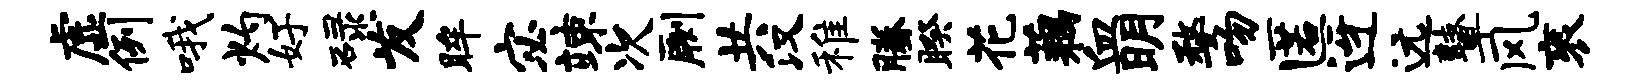
虚例哦灼好碌发眸宓竦次劂共汉稚腾睽花藕血明婺吻匿迓远鼙风衮